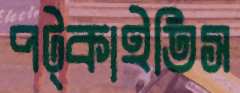
পট্‌কাইতিস